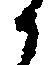
候